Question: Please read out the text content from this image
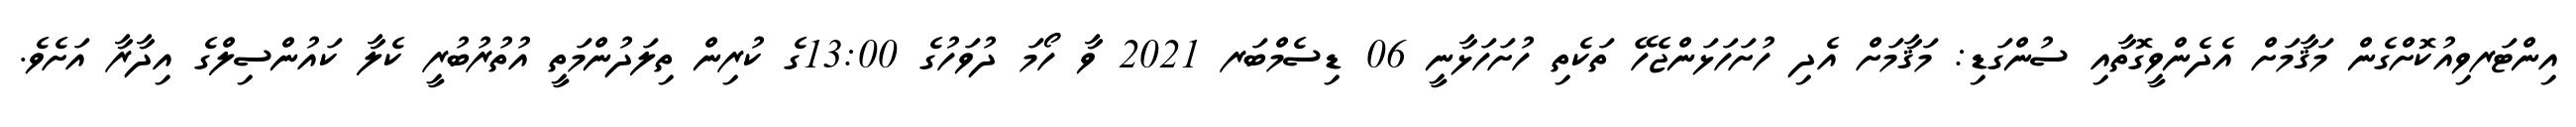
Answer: އިންޓަރވިއުކޮށްގެން މަޤާމަށް އެދެންވީގޮތާއި ސުންގަޑި: މަޤާމަށް އެދި ހުށަހަޅަންޖެހޭ ތަކެތި ހުށަހަޅާނީ 06 ޑިސެމްބަރ 2021 ވާ ހޯމަ ދުވަހުގެ 13:00ގެ ކުރިން ތިލަދުންމަތީ އުތުރުބުރީ ކެލާ ކައުންސިލްގެ އިދާރާ އަށެވެ.